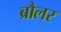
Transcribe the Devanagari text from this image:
ब्रौलर